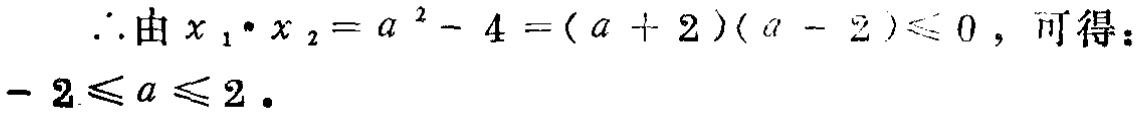
\(\therefore\)由\(x_{1}\cdot x_{2}=a^{2}-4=(a + 2)(a - 2)\leqslant 0\)，可得：\(-2\leqslant a\leqslant 2\)．